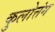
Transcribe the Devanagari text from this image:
कुलोत्तंग